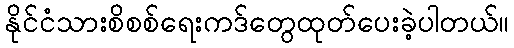
နိုင်ငံသားစိစစ်ရေးကဒ်တွေထုတ်ပေးခဲ့ပါတယ်။